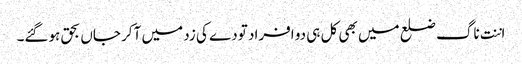
اننت ناگ ضلع میں بھی کل ہی دو افراد تودے کی زد میں آکر جاں بحق ہوگئے۔